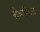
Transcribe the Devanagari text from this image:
रोमानिआ